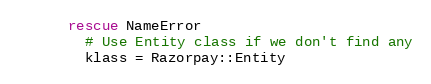
Language: Ruby
      rescue NameError
        # Use Entity class if we don't find any
        klass = Razorpay::Entity